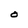
Character: O